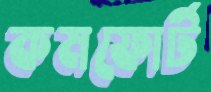
কমফোর্ট